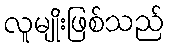
လူမျိုးဖြစ်သည်